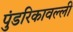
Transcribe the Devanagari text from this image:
पुंडरिकावल्ली